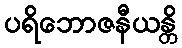
ပရိဘောဇနီယန္တိ